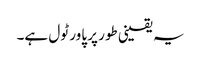
یہ یقینی طور پر پاور ٹول ہے۔